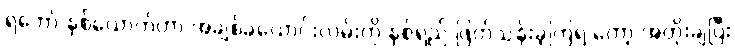
ရဲဘော် နှစ်ယောက်ဟာ အချစ်ခယောင်းလမ်းကို နှစ်ရှည် ဖြတ်သန်းခဲ့ကြရ တော့ အတိုးချပြီး